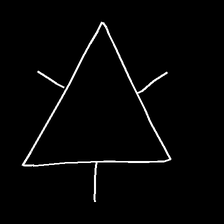
Glyph: fire